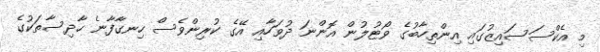
މި އެކްސަސައިޒުގައި އިންތިހާބުގެ ވޯޓުލުން އޮންނަ ދުވަހާއި އޭގެ ކުރިންވެސް ހިނގާފާނެ ހާދިސާތަކުގެ